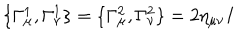
LaTeX: \{ \Gamma _ { \mu } ^ { 1 } , \Gamma _ { \nu } ^ { 1 } \} = \{ \Gamma _ { \mu } ^ { 2 } , \Gamma _ { \nu } ^ { 2 } \} = 2 \eta _ { \mu \nu } I